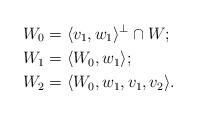
LaTeX: \begin{align*}W_0 &= \langle v_1,w_1\rangle^\perp \cap W; \\ W_1 &= \langle W_0, w_1 \rangle; \\ W_2 &= \langle W_0, w_1,v_1,v_2 \rangle.\end{align*}